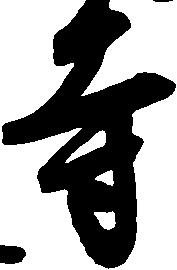
寺